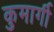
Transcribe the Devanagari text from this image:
कुमार्गी